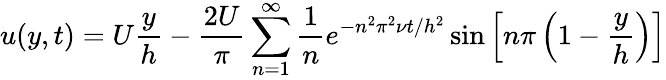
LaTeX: u(y,t)=U{\frac{y}{h}}-{\frac{2U}{\pi}}\sum_{n=1}^{\infty}{\frac{1}{n}}e^{-n^{2}\pi^{2}\nu t/h^{2}}\sin\left[n\pi\left(1-{\frac{y}{h}}\right)\right]